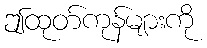
ဤထုတ်ကုန်များကို